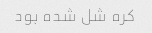
کره شل شده بود